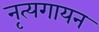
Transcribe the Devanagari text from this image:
नृत्यगायन